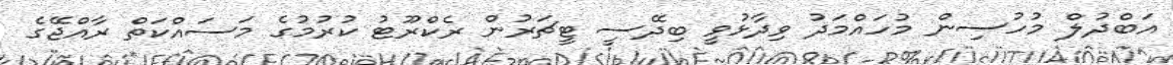
އަބްދުލް މުހުސިން މުހައްމަދު ވިދާޅުވީ ބިދޭސީ ޓީޗަރުން ރެކްރޫޓު ކުރުމުގެ މަސައްކަތް ރާއްޖޭގެ